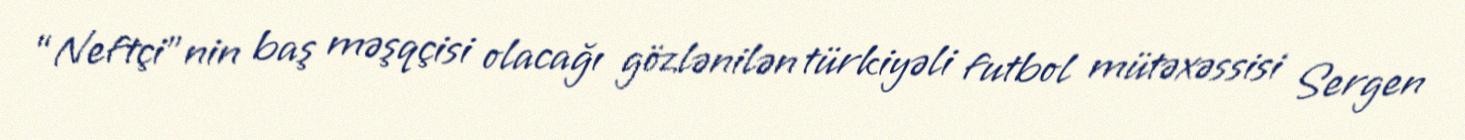
“Neftçi”nin baş məşqçisi olacağı gözlənilən türkiyəli futbol mütəxəssisi Sergen